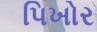
પિખોર